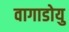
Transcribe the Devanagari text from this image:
वागाडोयु